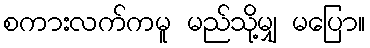
စကားလက်ကမူ မည်သို့မျှ မပြော။